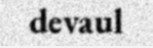
devaul